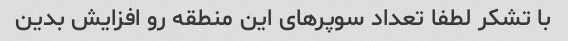
با تشکر لطفا تعداد سوپرهای این منطقه رو افزایش بدین